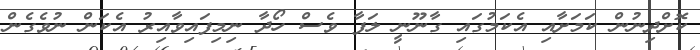
ކޮށްދިނުން ކަމަށާއި އެކަމުގައި ގާނޫނީ ލަފާ ވެސް ހޯދާ ނިމިފައިވާއިރު އެކަން ނުވެގެން